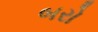
બરો